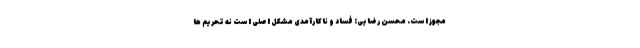
مجوز است. محسن رضایی: فساد و ناکارآمدی مشکل اصلی است نه تحریم ها